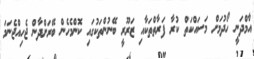
އާމްދަނީ ހޯދުމަށް މަސައްކަތް ކުރާ ފަރާތްތަކާއި ޒަރޫރީ ބޭނުންތަކުގައި ކޮންމެހެން ބޭރަށްދާން ޖެހިއްޖެނަމަ